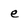
Character: e